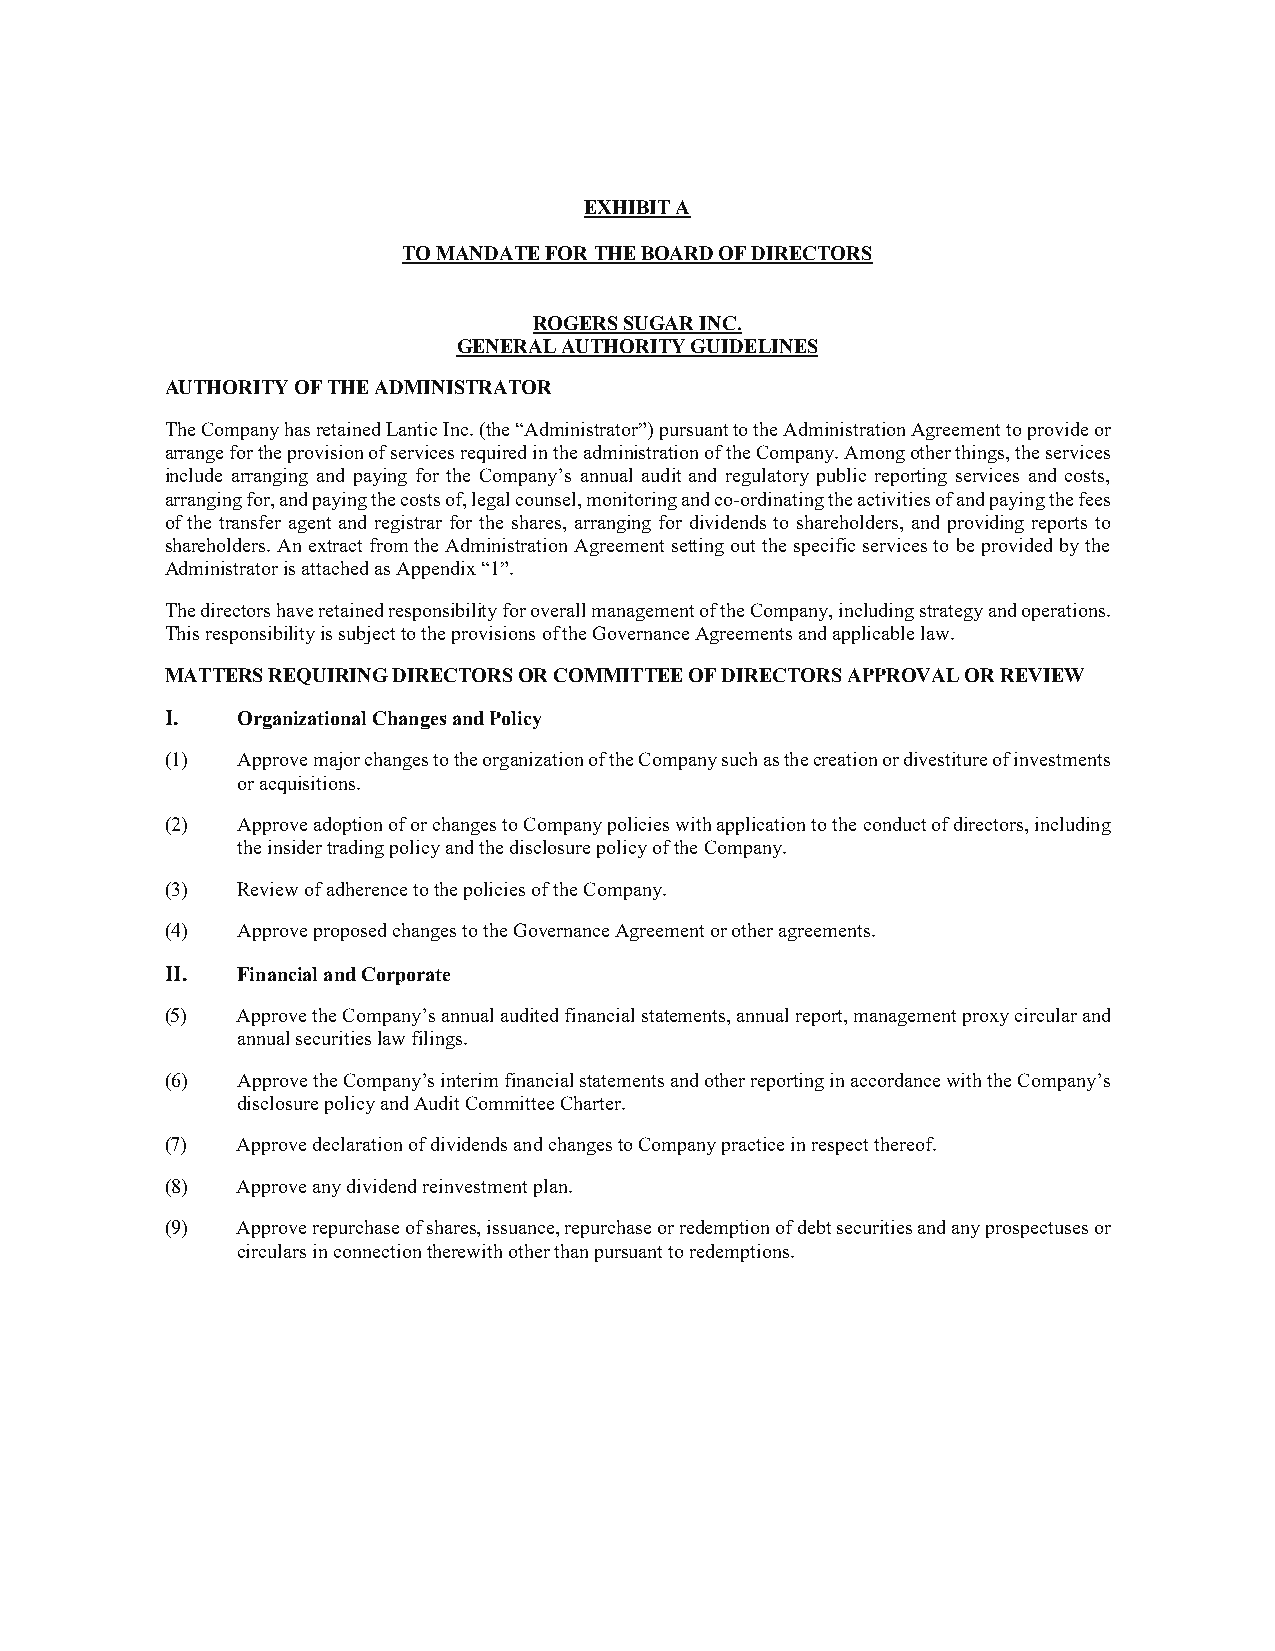
EXHIBIT A
 TO MANDATE FOR THE BOARD OF DIRECTORS
 ROGERS SUGAR INC.
 GENERAL AUTHORITY GUIDELINES
 AUTHORITY OF THE ADMINISTRATOR
 The Company has retained Lantic Inc. (the “Administrator”) pursuant to the Administration Agreement to provide or
 arrange for the provision of services required in the administration of the Company. Among other things, the services
 include arranging and paying for the Company’s annual audit and regulatory public reporting services and costs,
 arranging for, and paying the costs of, legal counsel, monitoring and co-ordinating the activities of and paying the fees
 of the transfer agent and registrar for the shares, arranging for dividends to shareholders, and providing reports to
 shareholders. An extract from the Administration Agreement setting out the specific services to be provided by the
 Administrator is attached as Appendix “1”.
 The directors have retained responsibility for overall management of the Company, including strategy and operations.
 This responsibility is subject to the provisions of the Governance Agreements and applicable law.
 MATTERS REQUIRING DIRECTORS OR COMMITTEE OF DIRECTORS APPROVAL OR REVIEW
 I.   Organizational Changes and Policy
 (1)  Approve major changes to the organization of the Company such as the creation or divestiture of investments
 or acquisitions.
 (2)  Approve adoption of or changes to Company policies with application to the conduct of directors, including
 the insider trading policy and the disclosure policy of the Company.
 (3)  Review of adherence to the policies of the Company.
 (4)  Approve proposed changes to the Governance Agreement or other agreements.
 II.  Financial and Corporate
 (5)  Approve the Company’s annual audited financial statements, annual report, management proxy circular and
 annual securities law filings.
 (6)  Approve the Company’s interim financial statements and other reporting in accordance with the Company’s
 disclosure policy and Audit Committee Charter.
 (7)  Approve declaration of dividends and changes to Company practice in respect thereof.
 (8)  Approve any dividend reinvestment plan.
 (9)  Approve repurchase of shares, issuance, repurchase or redemption of debt securities and any prospectuses or
 circulars in connection therewith other than pursuant to redemptions.